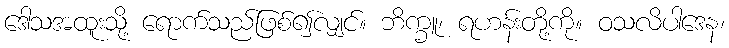
ဒေါသအထူးသို့ ရောက်သည်ဖြစ်၍လျှင်။ ဘိက္ခူ၊ ရဟန်းတို့ကို။ ဝသလိပါဒေန၊